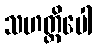
သဟတ္ထိပေါ